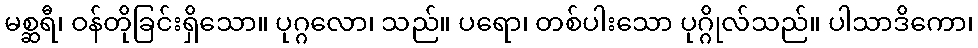
မစ္ဆရီ၊ ဝန်တိုခြင်းရှိသော။ ပုဂ္ဂလော၊ သည်။ ပရော၊ တစ်ပါးသော ပုဂ္ဂိုလ်သည်။ ပါသာဒိကော၊